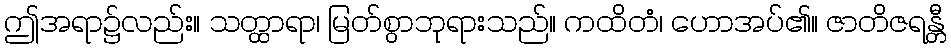
ဤအရာ၌လည်း။ သတ္ထာရာ၊ မြတ်စွာဘုရားသည်။ ကထိတံ၊ ဟောအပ်၏။ ဇာတိဇရန္တီ